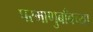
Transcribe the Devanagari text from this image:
परमाणुबाँबच्या